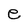
Character: e